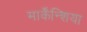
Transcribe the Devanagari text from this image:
मार्केंन्शिया